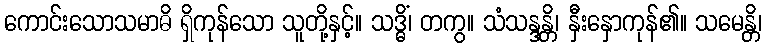
ကောင်းသောသမာဓိ ရှိကုန်သော သူတို့နှင့်။ သဒ္ဓိံ၊ တကွ။ သံသန္ဒန္တိ၊ နှီးနှောကုန်၏။ သမေန္တိ၊